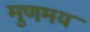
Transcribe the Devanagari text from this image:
मुणमय